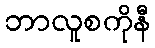
ဘာလူစကိုနီ